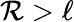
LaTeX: \mathcal{R}>\ell